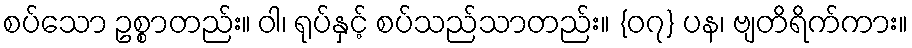
စပ်သော ဥစ္စာတည်း။ ဝါ၊ ရုပ်နှင့် စပ်သည်သာတည်း။ {၀၇} ပန၊ ဗျတိရိက်ကား။